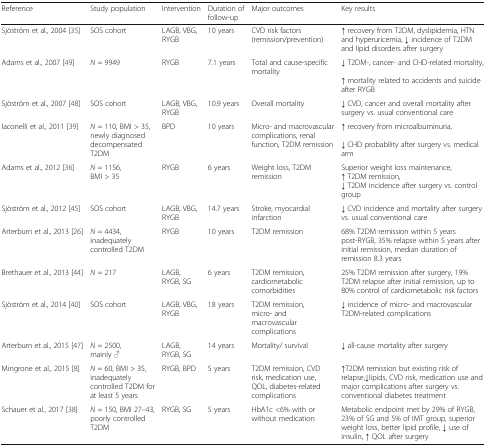
<table><thead><tr><td><b>Reference</b></td><td><b>Study population</b></td><td><b>Intervention</b></td><td><b>Duration of follow-up</b></td><td><b>Major outcomes</b></td><td><b>Key results</b></td></tr></thead><tbody><tr><td>Sjöström et al., 2004 [35]</td><td>SOS cohort</td><td>LAGB, VBG, RYGB</td><td>10 years</td><td>CVD risk factors (remission/prevention)</td><td>↑ recovery from T2DM, dyslipidemia, HTN and hyperuricemia, ↓ incidence of T2DM and lipid disorders after surgery</td></tr><tr><td>Adams et al., 2007 [49]</td><td><i>N</i> = 9949</td><td>RYGB</td><td>7.1 years</td><td>Total and cause-specific mortality</td><td>↓ T2DM-, cancer- and CHD-related mortality,↑ mortality related to accidents and suicide after RYGB</td></tr><tr><td>Sjöström et al., 2007 [48]</td><td>SOS cohort</td><td>LAGB, VBG, RYGB</td><td>10.9 years</td><td>Overall mortality</td><td>↓ CVD, cancer and overall mortality after surgery vs. usual conventional care</td></tr><tr><td>Iaconelli et al., 2011 [39]</td><td><i>N</i> = 110, BMI &gt; 35, newly diagnosed decompensated T2DM</td><td>BPD</td><td>10 years</td><td>Micro- and macrovascular complications, renal function, T2DM remission</td><td>↑ recovery from microalbuminuria,↓ CHD probability after surgery vs. medical arm</td></tr><tr><td>Adams et al., 2012 [36]</td><td><i>N</i> = 1156,BMI &gt; 35</td><td>RYGB</td><td>6 years</td><td>Weight loss, T2DM remission</td><td>Superior weight loss maintenance,↑ T2DM remission,↓ T2DM incidence after surgery vs. control group</td></tr><tr><td>Sjöström et al., 2012 [45]</td><td>SOS cohort</td><td>LAGB, VBG, RYGB</td><td>14.7 years</td><td>Stroke, myocardial infarction</td><td>↓ CVD incidence and mortality after surgery vs. usual conventional care</td></tr><tr><td>Arterburn et al., 2013 [26]</td><td><i>N</i> = 4434, inadequately controlled T2DM</td><td>RYGB</td><td>10 years</td><td>T2DM remission</td><td>68% T2DM remission within 5 years post-RYGB, 35% relapse within 5 years after initial remission, median duration of remission 8.3 years</td></tr><tr><td>Brethauer et al., 2013 [44]</td><td><i>N</i> = 217</td><td>LAGB, RYGB, SG</td><td>6 years</td><td>T2DM remission, cardiometabolic comorbidities</td><td>25% T2DM remission after surgery, 19% T2DM relapse after initial remission, up to 80% control of cardiometabolic risk factors</td></tr><tr><td>Sjöström et al., 2014 [40]</td><td>SOS cohort</td><td>LAGB, VBG, RYGB</td><td>18 years</td><td>T2DM remission, micro- and macrovascular complications</td><td>↓ incidence of micro- and macrovascular T2DM-related complications</td></tr><tr><td>Arterburn et al., 2015 [47]</td><td><i>N</i> = 2500,mainly ♂</td><td>LAGB, RYGB, SG</td><td>14 years</td><td>Mortality/ survival</td><td>↓ all-cause mortality after surgery</td></tr><tr><td>Mingrone et al., 2015 [8]</td><td><i>N</i> = 60, BMI &gt; 35, inadequately controlled T2DM for at least 5 years</td><td>RYGB, BPD</td><td>5 years</td><td>T2DM remission, CVD risk, medication use, QOL, diabetes-related complications</td><td>↑T2DM remission but existing risk of relapse,↓lipids, CVD risk, medication use and major complications after surgery vs. conventional diabetes treatment</td></tr><tr><td>Schauer et al., 2017 [38]</td><td><i>N</i> = 150, BMI 27–43,poorly controlled T2DM</td><td>RYGB, SG</td><td>5 years</td><td>HbA1c &lt;6% with or without medication</td><td>Metabolic endpoint met by 29% of RYGB, 23% of SG and 5% of IMT group, superior weight loss, better lipid profile, ↓ use of insulin, ↑ QOL after surgery</td></tr></tbody></table>